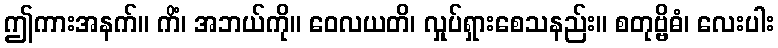
ဤကားအနက်။ ကိံ၊ အဘယ်ကို။ ဝေလယတိ၊ လှုပ်ရှားစေသနည်း။ စတုဗ္ဗိဓံ၊ လေးပါး